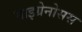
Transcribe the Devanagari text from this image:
माइग्रेनोसस